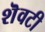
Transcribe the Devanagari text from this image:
शॆवटी